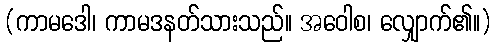
(ကာမဒေါ၊ ကာမဒနတ်သားသည်။ အဝေါစ၊ လျှောက်၏။)